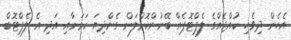
އެހެން ދިވެހި ކުއްޖެއްގެ ލެޕްޓޮޕެއް ބޭނުންކޮށްލަން ގެންދިޔަ ކަމަށާއި އަދި އެ ލެޕްޓޮބް